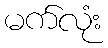
မက်လုံး